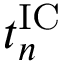
t _ { n } ^ { \mathrm { I C } }